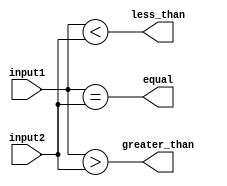
module eight_bit_comparator (
    input [7:0] input1,
    input [7:0] input2,
    output equal,
    output less_than,
    output greater_than
);

assign equal = (input1 == input2);
assign less_than = (input1 < input2);
assign greater_than = (input1 > input2);

endmodule